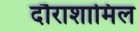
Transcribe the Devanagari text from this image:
दौराशामिल